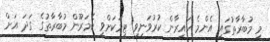
މި މުބާރާތުގައި އެންމެ ހައިރާން ކުރުވަނިވި ޓީމަކަށްވީ ކެމަރޫން މުބާރާތުގެ ގަދަ އަށް